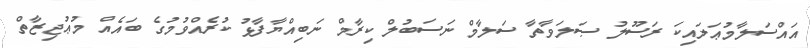
އައްސަލާމުޢަލައިކަ ރަސޫލު ޞަލަވާތާ ސަލާމް ނަސަބުލް ކިރާމް ނަބިއްޔާފާޅު ކުރެއްވުމުގެ ބައެއް މުޢުޖިޒާތް